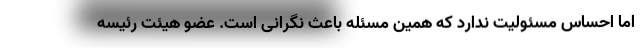
اما احساس مسئولیت ندارد که همین مسئله باعث نگرانی است. عضو هیئت رئیسه